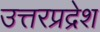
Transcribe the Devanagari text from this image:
उत्तरप्रद्रेश